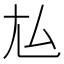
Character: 𡯆